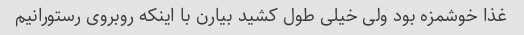
غذا خوشمزه بود ولی خیلی طول کشید بیارن با اینکه روبروی رستورانیم